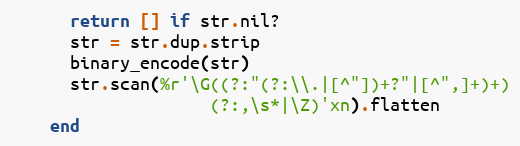
Language: Ruby
      return [] if str.nil?
      str = str.dup.strip
      binary_encode(str)
      str.scan(%r'\G((?:"(?:\\.|[^"])+?"|[^",]+)+)
                    (?:,\s*|\Z)'xn).flatten
    end